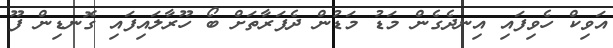
އަވިކް ހެވިފައި އިނދެގެން މަޑު މަޑުން ދެފަރާތަށް ބޯ ހޫރާލައިފައި ގޮނޑިން ފޫ